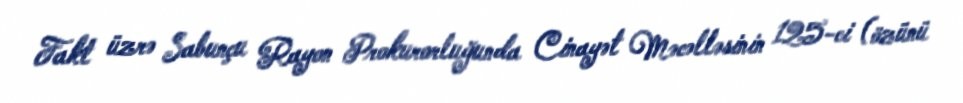
Fakt üzrə Sabunçu Rayon Prokurorluğunda Cinayət Məcəlləsinin 125-ci (özünü